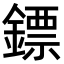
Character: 鏢